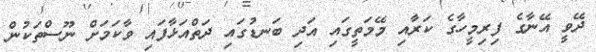
ދޭވީ އޭނާގެ ފިރިމީހާގެ ކަރާއި މޭމަތީގައި އަދި ބަނޑުގައި ދަތްއަޅާފައި ވާކަމަށް ނޫސްތަކުން